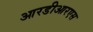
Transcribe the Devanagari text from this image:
आरडीआरएस